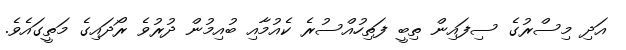
އަދި މިސްރުގެ ސިފައިން ތިބީ ފަތިހުއްސުރެ ކެއުމާއި ބުއިމުން ދުރުވެ ރޯދައިގެ މަތީގައެވެ.